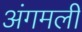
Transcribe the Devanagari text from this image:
अंगमली